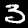
Digit: 3